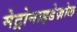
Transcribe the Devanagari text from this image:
मेट्रोनाइडेज़ोल